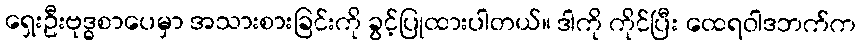
ရှေးဦးဗုဒ္ဓစာပေမှာ အသားစားခြင်းကို ခွင့်ပြုထားပါတယ်။ ဒါကို ကိုင်ပြီး ထေရဝါဒဘက်က